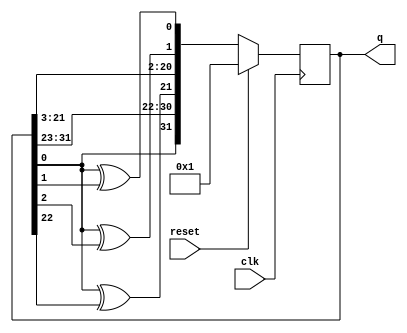
module top_module(
    input clk,
    input reset,    // Active-high synchronous reset to 32'h1
    output [31:0] q
); 
    always@(posedge clk)begin
        if(reset)
            q <= 32'h1;
        else
            q <= {{q[0]^0},q[31:23],{q[0]^q[22]},q[21:3],{q[0]^q[2]},{q[0]^q[1]}};
    end
endmodule